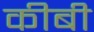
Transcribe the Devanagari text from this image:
कीबी